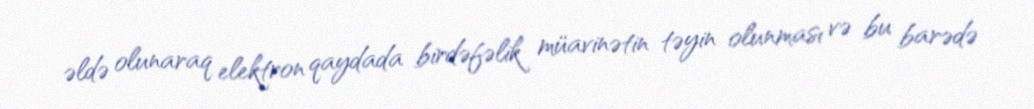
əldə olunaraq elektron qaydada birdəfəlik müavinətin təyin olunması və bu barədə